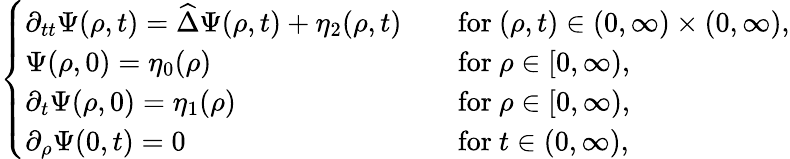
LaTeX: \left\{ \begin{array}{ll}{\partial_{tt}\Psi(\rho,t)=\widehat{\Delta}\Psi(\rho,t)+\eta_{2}(\rho,t)\quad}&{\mathrm{for~}(\rho,t)\in(0,\infty)\times(0,\infty),}\\ {\Psi(\rho,0)=\eta_{0}(\rho)\quad}&{\mathrm{for~}\rho\in[0,\infty),}\\ {\partial_{t}\Psi(\rho,0)=\eta_{1}(\rho)\quad}&{\mathrm{for~}\rho\in[0,\infty),}\\ {\partial_{\rho}\Psi(0,t)=0\quad}&{\mathrm{for~}t\in(0,\infty),}\end{array}\right.